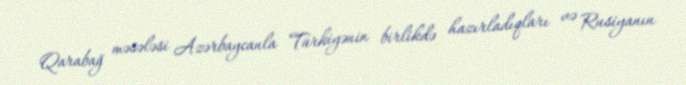
Qarabağ məsələsi Azərbaycanla Türkiyənin birlikdə hazırladıqları və Rusiyanın